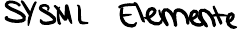
SYSML Elemente